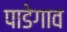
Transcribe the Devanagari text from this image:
पाडेगाव